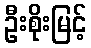
ဦးစိုးမြင့်